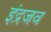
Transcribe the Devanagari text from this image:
इंद्रजव